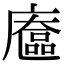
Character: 𢋔